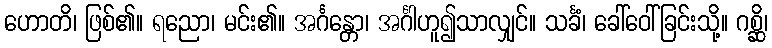
ဟောတိ၊ ဖြစ်၏။ ရညော၊ မင်း၏။ အင်္ဂန္တော၊ အင်္ဂါဟူ၍သာလျှင်။ သင်္ခံ၊ ခေါ်ဝေါ်ခြင်းသို့။ ဂစ္ဆိ၊